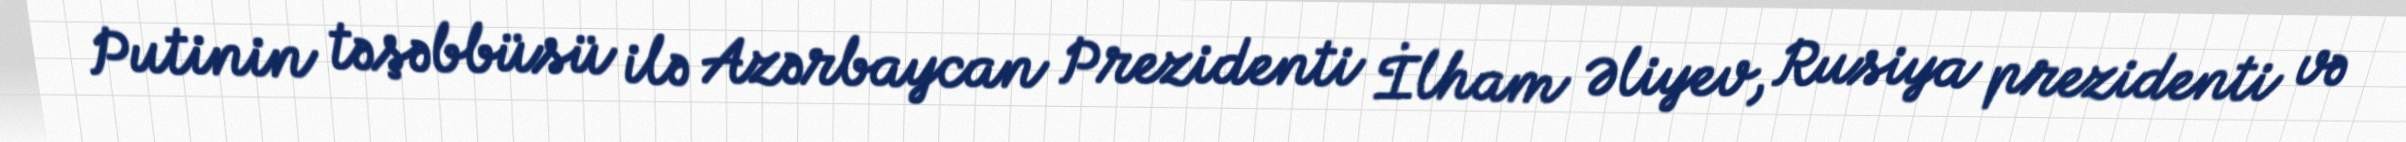
Putinin təşəbbüsü ilə Azərbaycan Prezidenti İlham Əliyev, Rusiya prezidenti və